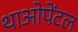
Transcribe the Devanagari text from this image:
थाओपेंटल